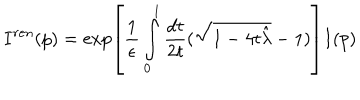
LaTeX: I ^ { r e n } ( p ) = \exp \left[ { \frac { 1 } { \epsilon } } \int _ { 0 } ^ { 1 } { \frac { d t } { 2 t } } ( \sqrt { 1 - 4 t { \hat { \lambda } } } - 1 ) \right] I ( p )